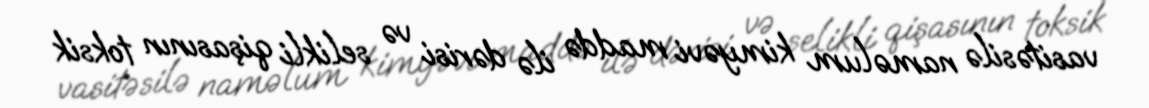
vasitəsilə naməlum kimyəvi maddə ilə dərisi və selikli qişasının toksik